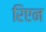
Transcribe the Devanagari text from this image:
रिएन